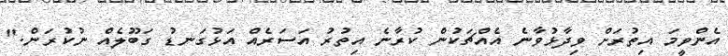
އެންވީމަ އިތުރަށް ވިދާޅުވާނެ އެއްޗަކުން ކުރާނެ އިތުރު އަސަރެއް އަޅުގަނޑު ގަބޫލެއް ނުކުރަން."